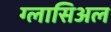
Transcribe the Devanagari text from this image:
ग्लासिअल